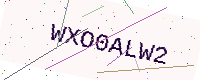
Text: WXO0ALW2